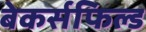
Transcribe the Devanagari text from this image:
बेकर्सफिल्ड